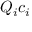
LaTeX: Q _ { i } c _ { i }